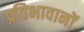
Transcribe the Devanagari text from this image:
प्रतिभावानों